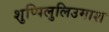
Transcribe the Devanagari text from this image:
शुप्पिलुलिउमाश